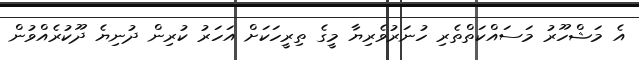
އެ މަޝްހޫރު މަސައްކަތްތެރި ހުނަރުވެރިޔާ މީގެ ތިރީހަކަށް އަހަރު ކުރިން ދުނިޔެ ދޫކުރެއްވުން